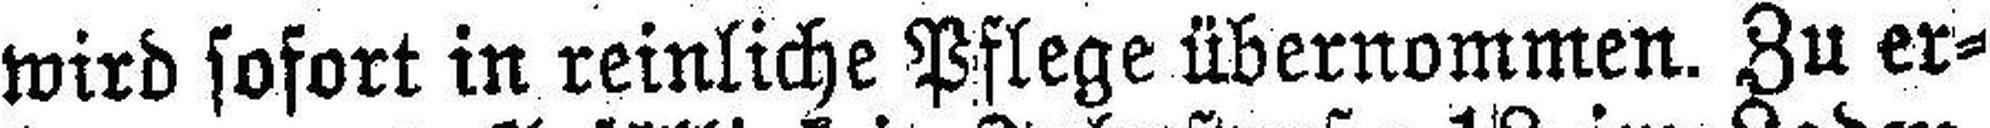
wird sofort in reinliche Pflege übernommen. Zu er¬